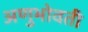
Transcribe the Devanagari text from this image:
अणुभोवती